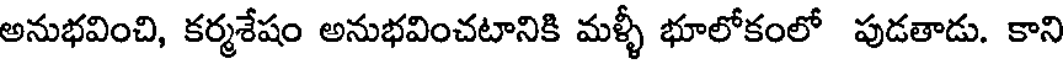
అనుభవించి, కర్మశేషం అనుభవించటానికి మళ్ళీ భూలోకంలో పుడతాడు. కాని